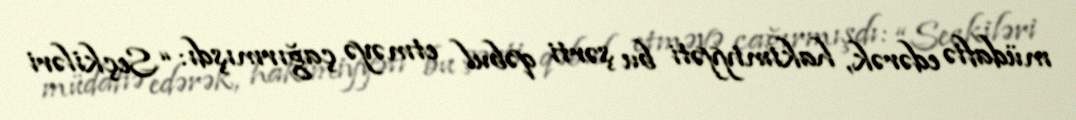
müdafiə edərək, hakimiyyəti bu şərti qəbul etməyə çağırmışdı: “Seçkiləri